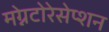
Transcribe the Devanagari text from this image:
मग्नेटोरेसेप्शन